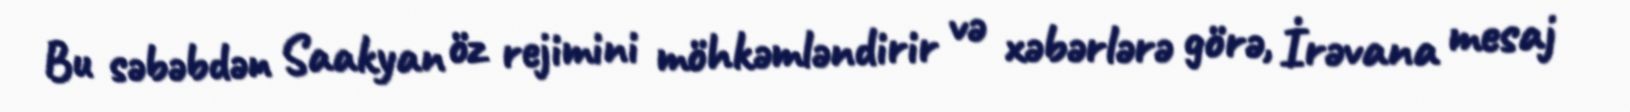
Bu səbəbdən Saakyan öz rejimini möhkəmləndirir və xəbərlərə görə, İrəvana mesaj